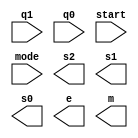
module og(q1, q0, start, mode, s2, s1, s0, e, m);
    input q1, q0, start, mode;
    output s2, s1, s0, e, m;

    assign z = q1 & q0 & x;
endmodule